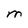
Character: M